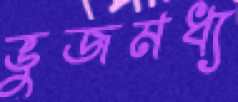
ভুজমধ্য